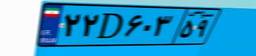
۲۰D۳۱۹۸۰